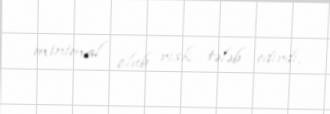
minimal olub risk tələb edirdi.